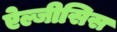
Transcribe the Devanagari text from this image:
ऐल्जीसिस